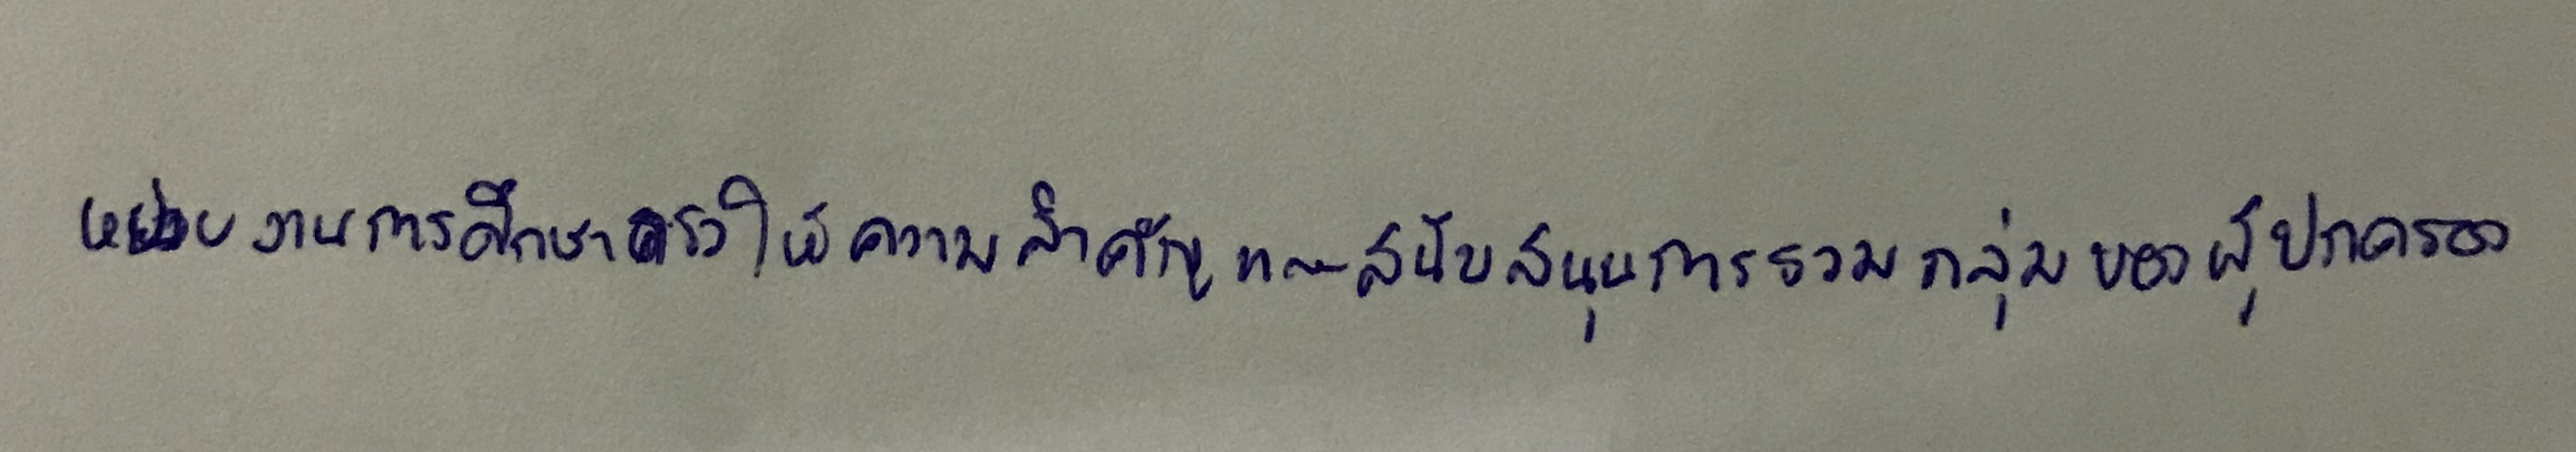
หน่วยงานการศึกษาควรให้ความสำคัญและสนับสนุนการรวมกลุ่มของผู้ปกครอง